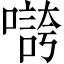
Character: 𡀵